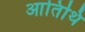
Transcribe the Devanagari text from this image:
आतिथि